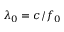
\lambda _ { 0 } = c / f _ { 0 }